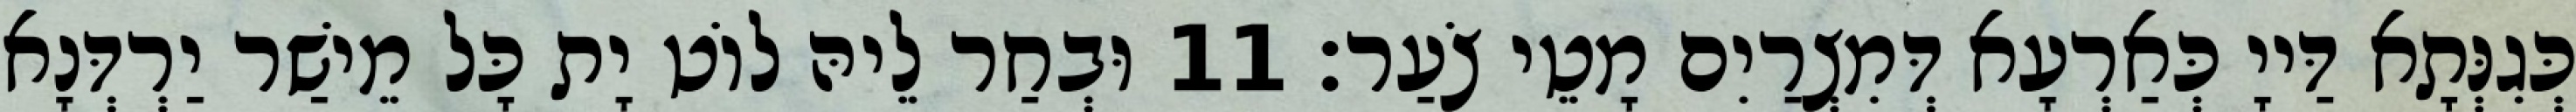
כְּגִנְּתָא דַּייָ כְּאַרְעָא דְּמִצְרַיִם מָטֵי צֹעַר׃ 11 וּבְחַר לֵיהּ לוֹט יָת כָּל מֵישַׁר יַרְדְּנָא